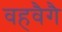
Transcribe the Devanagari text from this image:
वहवैगै